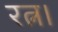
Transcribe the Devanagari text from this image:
रत्न।